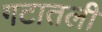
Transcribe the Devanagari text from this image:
गटातली